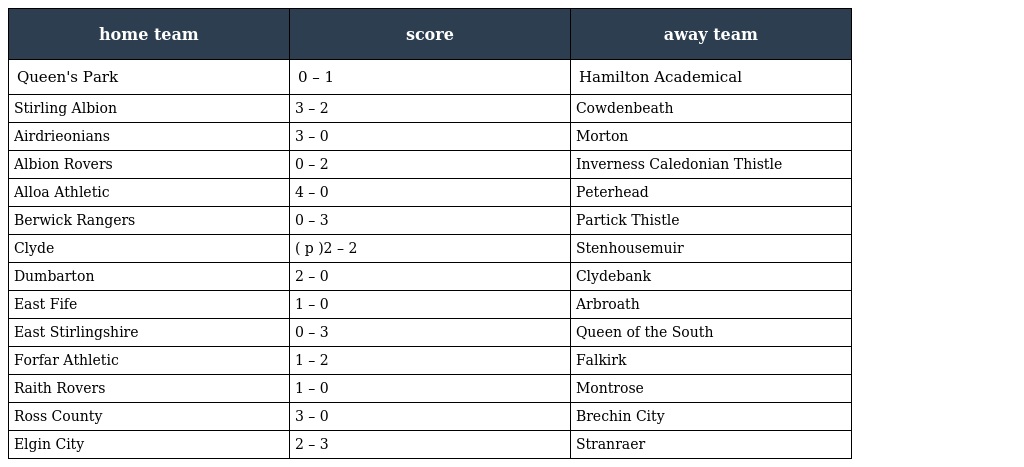
| home team | score | away team |
 | --- | --- | --- |
 | Queen's Park | 0 – 1 | Hamilton Academical |
 | Stirling Albion | 3 – 2 | Cowdenbeath |
 | Airdrieonians | 3 – 0 | Morton |
 | Albion Rovers | 0 – 2 | Inverness Caledonian Thistle |
 | Alloa Athletic | 4 – 0 | Peterhead |
 | Berwick Rangers | 0 – 3 | Partick Thistle |
 | Clyde | ( p )2 – 2 | Stenhousemuir |
 | Dumbarton | 2 – 0 | Clydebank |
 | East Fife | 1 – 0 | Arbroath |
 | East Stirlingshire | 0 – 3 | Queen of the South |
 | Forfar Athletic | 1 – 2 | Falkirk |
 | Raith Rovers | 1 – 0 | Montrose |
 | Ross County | 3 – 0 | Brechin City |
 | Elgin City | 2 – 3 | Stranraer |